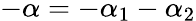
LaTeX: -\alpha=-\alpha_{1}-\alpha_{2}